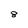
Character: 8